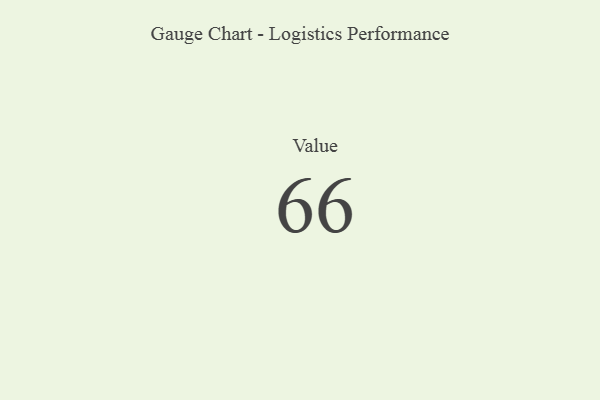
{"axis": {"x": "Metric", "y": "Value"}, "legend": [""], "data": [{"x": "Value", "y": 66, "type": ""}]}